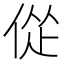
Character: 𫢴